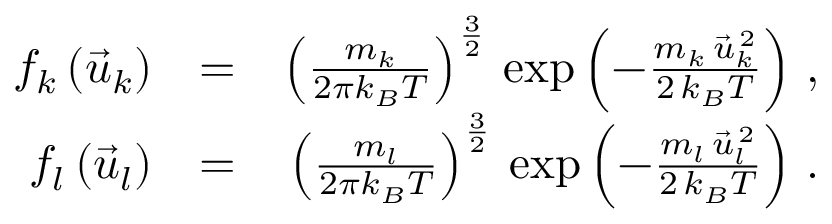
\begin{array} { r l r } { f _ { k } \left( \vec { u } _ { k } \right) } & { = } & { \left( \frac { m _ { k } } { 2 \pi k _ { B } T } \right) ^ { \frac { 3 } { 2 } } \, \exp \left( - \frac { m _ { k } \, \vec { u } _ { k } ^ { \, 2 } } { 2 \, k _ { B } T } \right) \, , } \\ { f _ { l } \left( \vec { u } _ { l } \right) } & { = } & { \left( \frac { m _ { l } } { 2 \pi k _ { B } T } \right) ^ { \frac { 3 } { 2 } } \, \exp \left( - \frac { m _ { l } \, \vec { u } _ { l } ^ { \, 2 } } { 2 \, k _ { B } T } \right) \, . } \end{array}